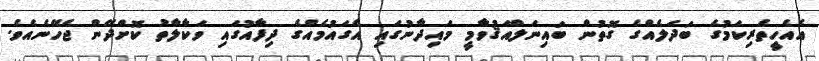
އެއެހީތެރިކަމުގެ ބަދަލެއްގެ ގޮތުން ބައިނަލްއަޤުވާމީ މައިދާނުގައި އެގައުމެއްގެ ދިފާއުގައި ވަކާލާތު ކޮށްދޭން ޖެހޭނެއެވެ.